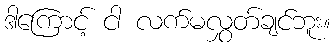
ဒါကြောင့် ငါ လက်မလွှတ်ချင်ဘူး။